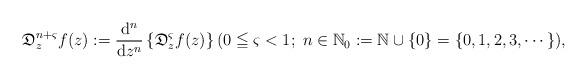
LaTeX: \begin{align*}\mathfrak{D}^{n+\varsigma}_{z} f(z) := \dfrac{{\rm d}^{n}}{{\rm d}z^{n}}\left\{\mathfrak{D}^{\varsigma}_{z} f(z)\right\}(0 \leqq \varsigma < 1;\; n \in \mathbb{N}_{0}:=\mathbb{N}\cup\{0\}=\{0,1,2,3,\cdots\}),\end{align*}